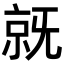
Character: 𣄵